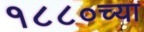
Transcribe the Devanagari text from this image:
१८८०च्या